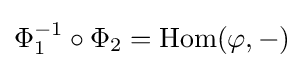
\Phi _{1}^{-1}\circ \Phi _{2}=\mathrm {Hom} (\varphi ,-)